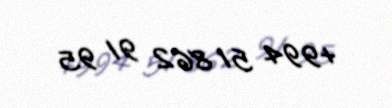
+994 51 862 91 95